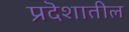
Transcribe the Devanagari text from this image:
प्रदॆशातील